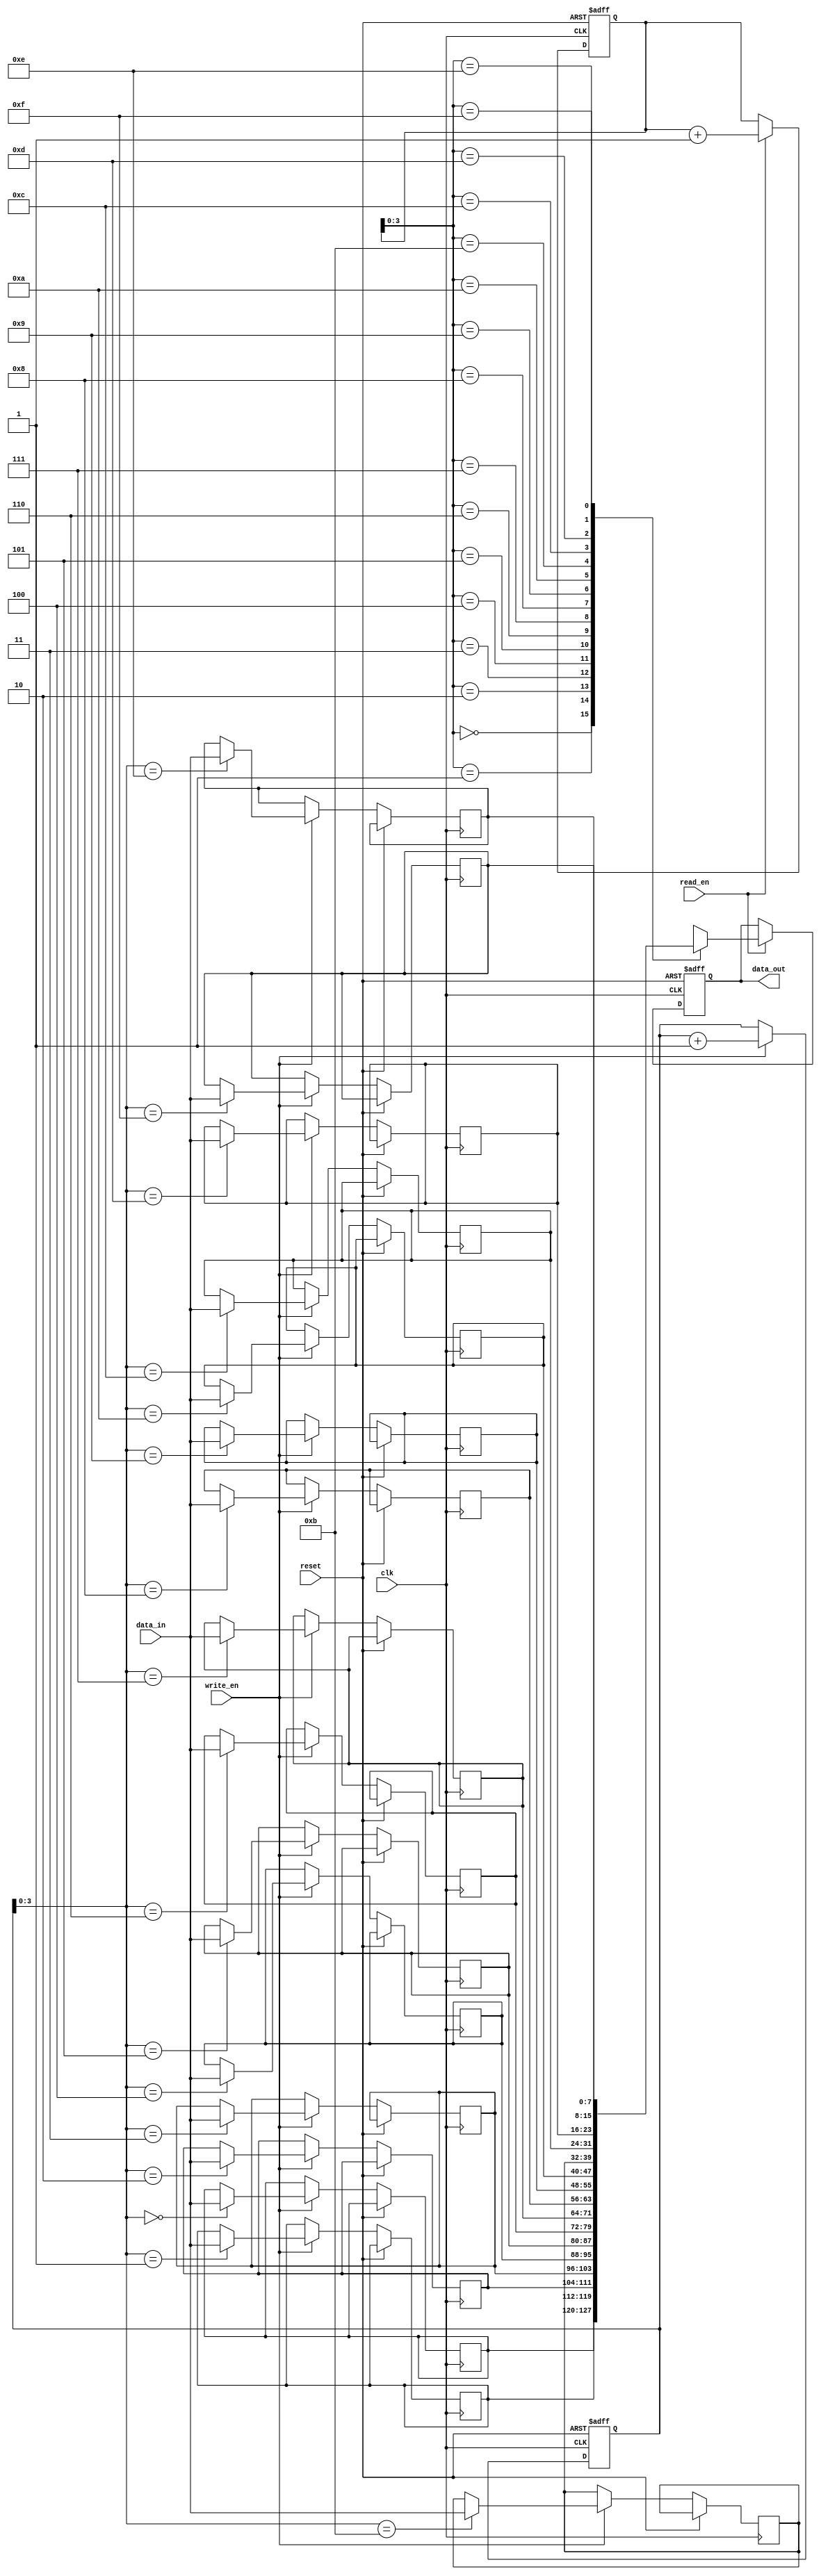
module SyncFIFO (
    input wire clk,
    input wire reset,
    input wire write_en,
    input wire read_en,
    input wire [WIDTH-1:0] data_in,
    output reg [WIDTH-1:0] data_out
);

parameter WIDTH = 8;
parameter DEPTH = 16;

reg [WIDTH-1:0] memory [0:DEPTH-1];
reg [WIDTH-1:0] data_reg;
reg [WIDTH-1:0] write_ptr = 0;
reg [WIDTH-1:0] read_ptr = 0;

always @(posedge clk or posedge reset) begin
    if (reset) begin
        write_ptr <= 0;
        read_ptr <= 0;
        data_reg <= 0;
    end else begin
        if (write_en) begin
            memory[write_ptr] <= data_in;
            write_ptr <= write_ptr + 1;
        end
        if (read_en) begin
            data_reg <= memory[read_ptr];
            read_ptr <= read_ptr + 1;
        end
    end
end

assign data_out = data_reg;

endmodule